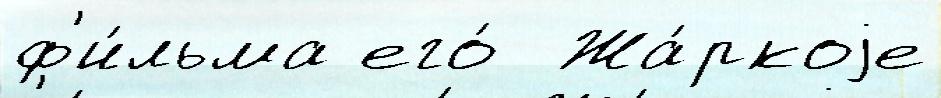
ф'и́льма его́  Жа́ркоjе